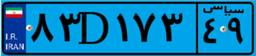
۲۱D۳۴۶۷۱